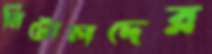
নিটোলদের